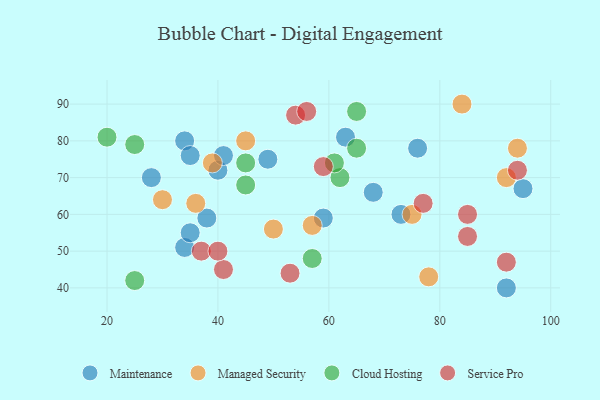
{"axis": {"x": "GDP", "y": "Life Expectancy"}, "legend": ["Cloud Hosting", "Maintenance", "Managed Security", "Service Pro"], "data": [{"x": "92", "y": 40, "type": "Maintenance"}, {"x": "38", "y": 59, "type": "Maintenance"}, {"x": "49", "y": 75, "type": "Maintenance"}, {"x": "34", "y": 80, "type": "Maintenance"}, {"x": "95", "y": 67, "type": "Maintenance"}, {"x": "63", "y": 81, "type": "Maintenance"}, {"x": "73", "y": 60, "type": "Maintenance"}, {"x": "68", "y": 66, "type": "Maintenance"}, {"x": "34", "y": 51, "type": "Maintenance"}, {"x": "35", "y": 76, "type": "Maintenance"}, {"x": "35", "y": 55, "type": "Maintenance"}, {"x": "40", "y": 72, "type": "Maintenance"}, {"x": "41", "y": 76, "type": "Maintenance"}, {"x": "28", "y": 70, "type": "Maintenance"}, {"x": "76", "y": 78, "type": "Maintenance"}, {"x": "59", "y": 59, "type": "Maintenance"}, {"x": "57", "y": 57, "type": "Managed Security"}, {"x": "78", "y": 43, "type": "Managed Security"}, {"x": "45", "y": 80, "type": "Managed Security"}, {"x": "50", "y": 56, "type": "Managed Security"}, {"x": "36", "y": 63, "type": "Managed Security"}, {"x": "94", "y": 78, "type": "Managed Security"}, {"x": "39", "y": 74, "type": "Managed Security"}, {"x": "92", "y": 70, "type": "Managed Security"}, {"x": "84", "y": 90, "type": "Managed Security"}, {"x": "75", "y": 60, "type": "Managed Security"}, {"x": "30", "y": 64, "type": "Managed Security"}, {"x": "45", "y": 74, "type": "Cloud Hosting"}, {"x": "62", "y": 70, "type": "Cloud Hosting"}, {"x": "45", "y": 68, "type": "Cloud Hosting"}, {"x": "20", "y": 81, "type": "Cloud Hosting"}, {"x": "57", "y": 48, "type": "Cloud Hosting"}, {"x": "25", "y": 42, "type": "Cloud Hosting"}, {"x": "65", "y": 88, "type": "Cloud Hosting"}, {"x": "25", "y": 79, "type": "Cloud Hosting"}, {"x": "65", "y": 78, "type": "Cloud Hosting"}, {"x": "61", "y": 74, "type": "Cloud Hosting"}, {"x": "59", "y": 73, "type": "Service Pro"}, {"x": "54", "y": 87, "type": "Service Pro"}, {"x": "53", "y": 44, "type": "Service Pro"}, {"x": "37", "y": 50, "type": "Service Pro"}, {"x": "94", "y": 72, "type": "Service Pro"}, {"x": "77", "y": 63, "type": "Service Pro"}, {"x": "41", "y": 45, "type": "Service Pro"}, {"x": "85", "y": 60, "type": "Service Pro"}, {"x": "85", "y": 54, "type": "Service Pro"}, {"x": "56", "y": 88, "type": "Service Pro"}, {"x": "40", "y": 50, "type": "Service Pro"}, {"x": "92", "y": 47, "type": "Service Pro"}]}